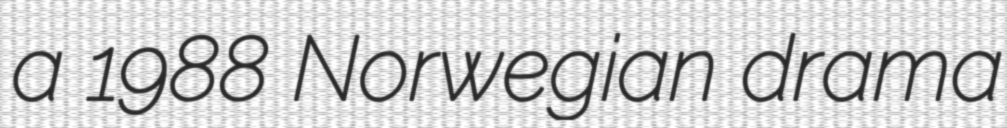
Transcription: a 1988 Norwegian drama